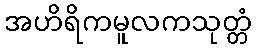
အဟိရိကမူလကသုတ္တံ